Veterinary [1909] -
Year: 1909
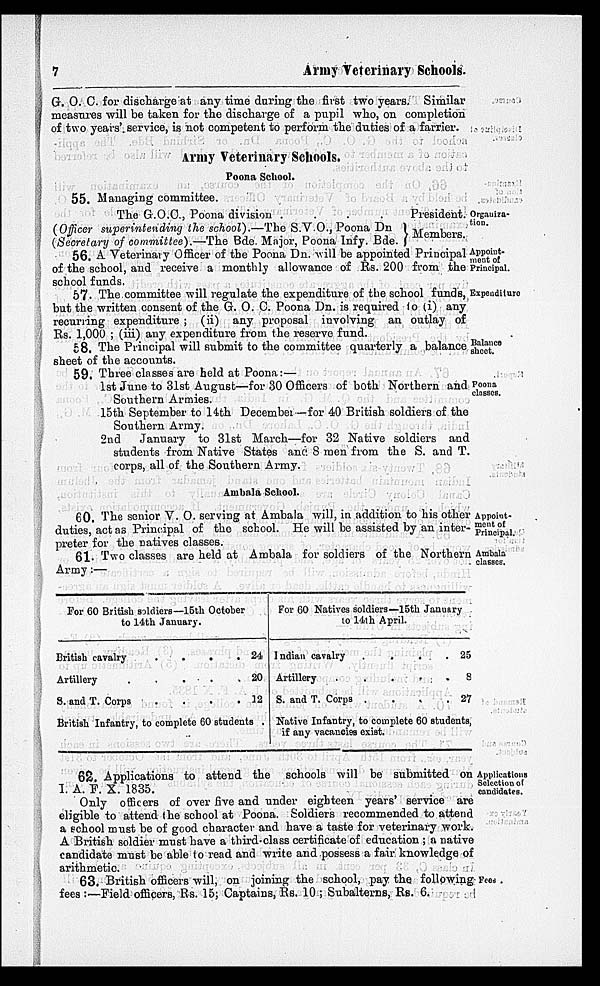
7
Army Veterinary Schools.
G. O. C. for discharge at any time during the first two years. Similar
measures will be taken for the discharge of a pupil who, on completion
of two years' service, is not competent to perform the duties of a farrier.
Army Veterinary Schools.
Poona School.
55. Managing committee.
Organiza-
tion.
The G.O.C., Poona division .
(Officer superintending the school).—The S.V.O., Poona Dn
(Secretary of committee).—The Bde. Major, Poona Infy. Bde.
President.
Members.
Appoint-
ment of
Principal.
56. A Veterinary Officer of the Poona Dn. will be appointed Principal
of the school, and receive a monthly allowance of Rs. 200 from the
school funds.
Expenditure
57. The committee will regulate the expenditure of the school funds,
but the written consent of the G. O. C. Poona Dn. is required to (i) any
recurring expenditure ; (ii) any proposal involving an outlay of
Rs. 1,000 ; (iii) any expenditure from the reserve fund.
Balance
sheet.
58. The Principal will submit to the committee quarterly a balance
sheet of the accounts.
Poona
classes.
59. Three classes are held at Poona:—
1st June to 31st August—for 30 Officers of both Northern and
Southern Armies.
15th September to 14th December—for 40 British soldiers of the
Southern Army.
2nd
January to 31st March—for 32 Native soldiers and
students from Native States and 8 men from the S. and T.
corps, all of the Southern Army.
Ambala School.
Appoint-
ment of
Principal.
60. The senior V. O. serving at Ambala will, in addition to his other
duties, act as Principal of the school. He will be assisted by an inter-
preter for the natives classes.
Ambala
classes.
61. Two classes are held at Ambala for soldiers of the Northern
Army :—
For 60 British soldiers—15th October
to 14th January.
British cavalry
.
.
.
. 24
Artillery
.
.
.
.
.
20
S. and T. Corps
.
.
.
. 12
British Infantry, to complete 60 students .
For 60 Natives soldiers—15th January
to 14th April.
Indian cavalry
.
.
.
. 25
Artillery
.
.
.
.
.
8
S. and T. Corps .
.
.
. 27
Native Infantry, to complete 60 students,
if any vacancies exist.
Applications
Selection of
candidates.
62. Applications to attend the schools will be submitted on
I. A. F. X. 1835.
Only officers of over five and under eighteen years' service are
eligible to attend the school at Poona. Soldiers recommended to attend
a school must be of good character and have a taste for veterinary work.
A British soldier must have a third-class certificate of education ; a native
candidate must be able to read and write and possess a fair knowledge of
arithmetic.
Fees.
63. British officers will, on joining the school, pay the following
fees :—Field officers, Rs. 15; Captains, Rs. 10 ; Subalterns, Rs. 6.